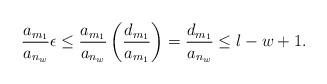
LaTeX: \begin{align*}\frac{a_{m_1}}{a_{n_w}}\epsilon\leq\frac{a_{m_1}}{a_{n_w}}\left(\frac{d_{m_1}}{a_{m_1}}\right)=\frac{d_{m_1}}{a_{n_w}}\leq l-w+1.\end{align*}